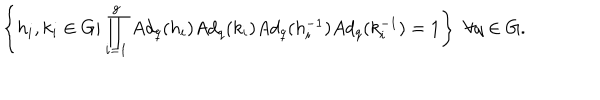
LaTeX: \left\{ h _ { i } , k _ { i } \in G \vert \prod _ { i = 1 } ^ { g } A d _ { q } ( h _ { i } ) A d _ { q } ( k _ { i } ) A d _ { q } ( h _ { i } ^ { - 1 } ) A d _ { q } ( k _ { i } ^ { - 1 } ) = 1 \right\} \, \, \forall q \in G .